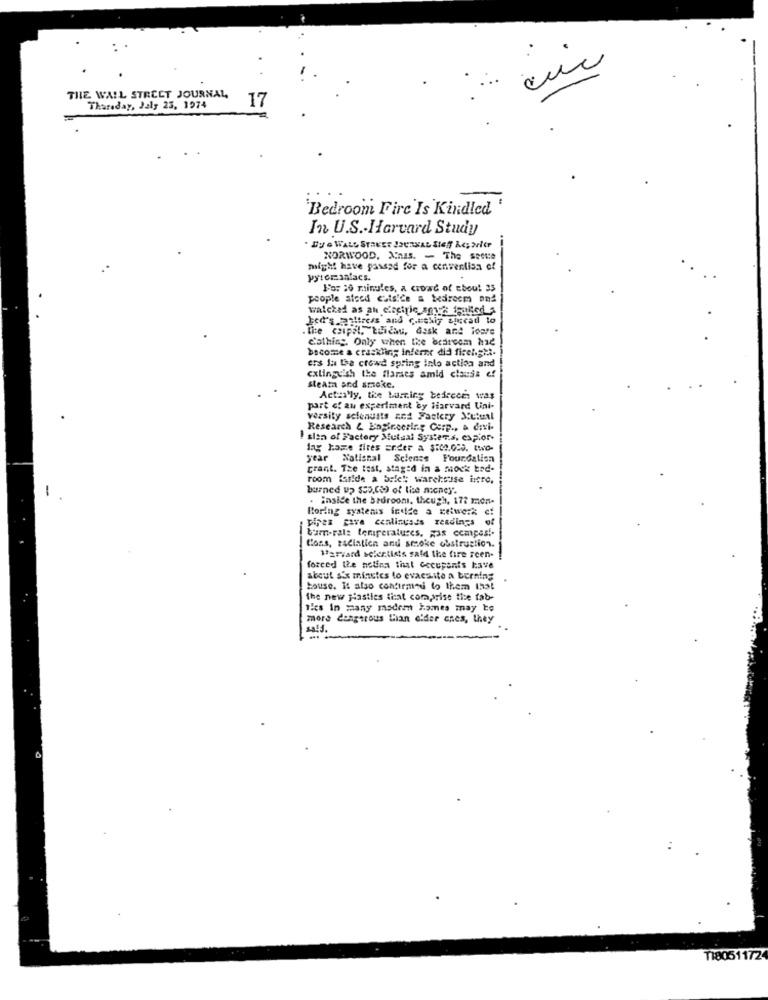
THE WALL STREET JOURNAL
17
Tharaday, Jaly 23, 1974
Bedroom Firc Is Kindled '
In U.S .- Harvard Study
. By G WALL STREET JOURNAL SIEff &c; NGP
NORWOOD, Mais. - The secca
might have passed for a cenventisa of
pyromanfacs.
For 20 minutes, a crowd of Ebou! 35
people afced cats'de a bedroom and
watched as an electric souce foniled
bed's waitress and curelly aiscad to
. the csipil,"Luidau, dask and ioare
Clothing. Only when the bedreem hae
become a craskling inferne did firelight.
ers la the crowd spring Into action and
extinguish the flaraes amid clauss ef
steam and smoke.
Actualy, the burning beircem was
part of an experiment by Harvard Uni-
versity scienusts zed Factory Mutual
Research & Engineering Corp ., & divi-
I sion of Factory Mutual Syster.s. expior
fag hame fires ander a $in.020. two-
r National Science Foundalisn
grant. The test, staged in a mock bed-
room fanide a bele !: warehouse intre,
burned up $55,Co) of the nocney.
. inside the bedroom, though, 172 men-
Boring systems indice a cetwerk cf
pires cave cenlinusds readings of
bar-ral: temperatures. gas compas !.
Cons, racialien and smoke obstruction.
Harvard scientists safd the fire reen-
forced the nolina that occupants have
about six minutes lo evaesite a burning
.
house. It also confirmed to them 1hat
the new jasties that comprise the fab-
Ties in many madre homes may be
more dangerous Lian elder enes, they
T180511724